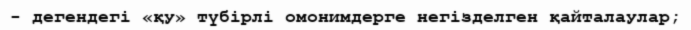
- дегендегі «қу» түбірлі омонимдерге негізделген қайталаулар;